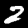
Label: 2